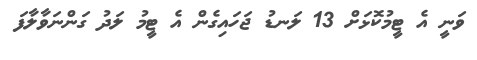
ވަނީ އެ ޓީމުކޮޅަށް 13 ލަނޑު ޖަހައިގެން އެ ޓީމު ލަދު ގަންނަވާލާފަ